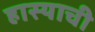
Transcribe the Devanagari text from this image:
हास्याची